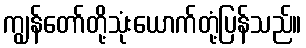
ကျွန်တော်တို့သုံးယောက်တုံ့ပြန်သည်။